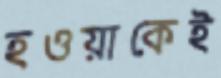
হওয়াকেই